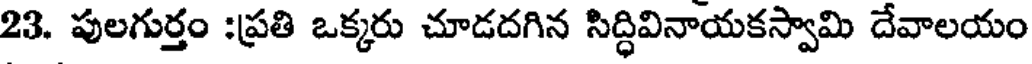
23. పులగుర్తం :ప్రతి ఒక్కరు చూడదగిన సిద్ధివినాయకస్వామి దేవాలయం